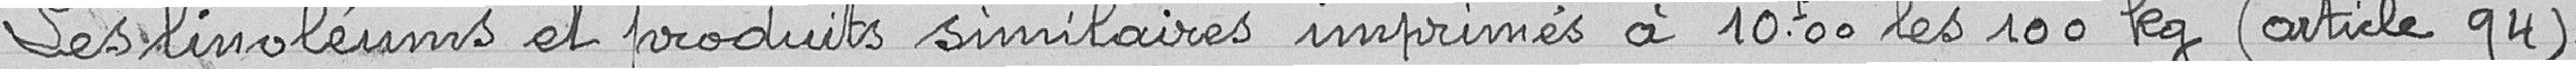
Les linoléums et produits similaires imprimés à 10,00 francs les 100 kg (article 94).